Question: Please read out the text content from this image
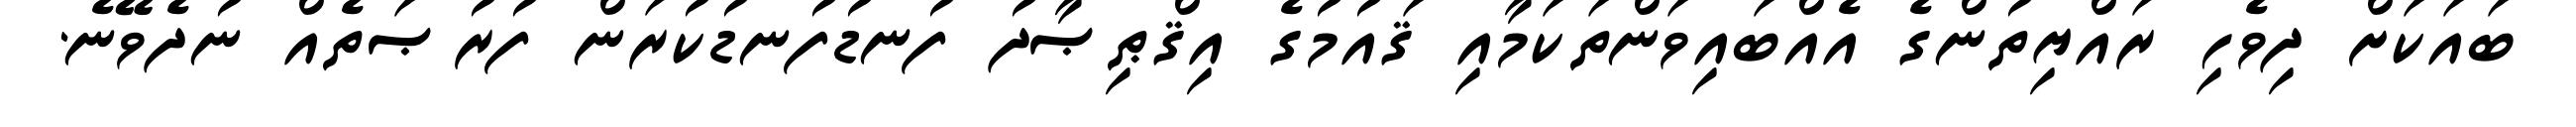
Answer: ބައަކަށް ދިވެހި ރައްޔިތުންގެ އެއްބައިވަންތަކަމާއި ޤައުމުގެ އިޤްޠިޞާދު ފުނޑުފުނޑުކުރަން ފުރުޞަތެއް ނުދެވޭނެ.